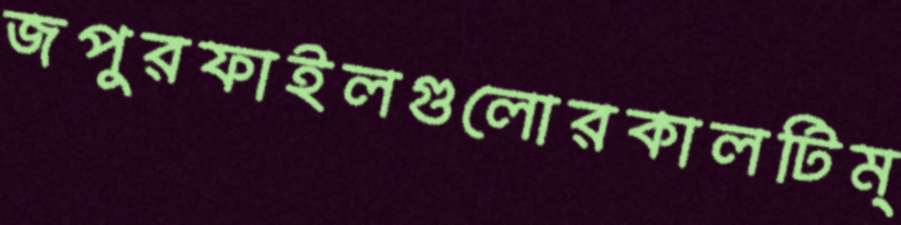
জপুরফাইলগুলোরকালটিম্